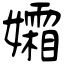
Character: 孀